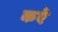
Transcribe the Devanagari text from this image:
कऐ